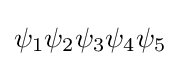
\psi _{1}\psi _{2}\psi _{3}\psi _{4}\psi _{5}